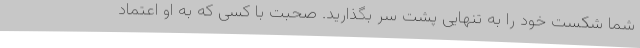
شما شکست خود را به تنهایی پشت سر بگذارید. صحبت با کسی که به او اعتماد